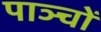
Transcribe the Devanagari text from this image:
पाञ्चों